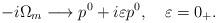
LaTeX: \begin{align*}-i\Omega_m \longrightarrow p^0 + i\varepsilon p^0, \ \ \ \varepsilon =0_+.\end{align*}